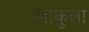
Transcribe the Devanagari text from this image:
ब्लाकुला